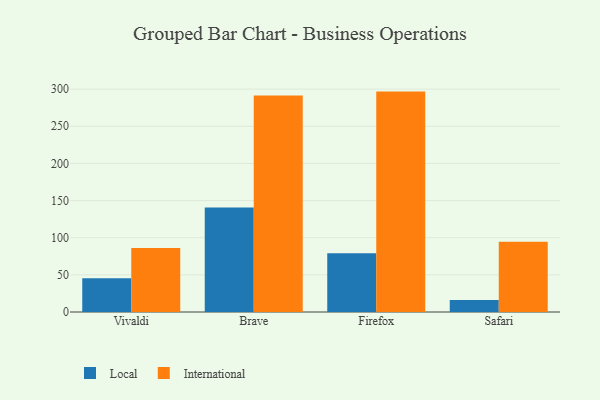
{"axis": {"x": "Browser", "y": "Humidity (%)"}, "legend": ["International", "Local"], "data": [{"x": "Vivaldi", "y": 45.4, "type": "Local"}, {"x": "Vivaldi", "y": 86.1, "type": "International"}, {"x": "Brave", "y": 140.6, "type": "Local"}, {"x": "Brave", "y": 291.3, "type": "International"}, {"x": "Firefox", "y": 79.2, "type": "Local"}, {"x": "Firefox", "y": 296.7, "type": "International"}, {"x": "Safari", "y": 16.0, "type": "Local"}, {"x": "Safari", "y": 94.7, "type": "International"}]}